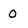
Character: O